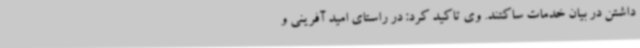
داشتن در بیان خدمات ساکتند. وی تاکید کرد: در راستای امید آفرینی و